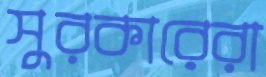
সুরকারেরা